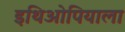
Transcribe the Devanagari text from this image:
इथिओपियाला